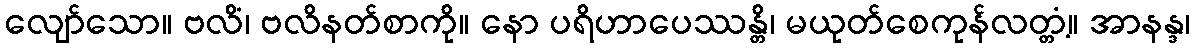
လျော်သော။ ဗလိံ၊ ဗလိနတ်စာကို။ နော ပရိဟာပေဿန္တိ၊ မယုတ်စေကုန်လတ္တံ့။ အာနန္ဒ၊